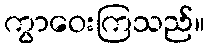
ကွာဝေးကြသည်။